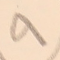
٩